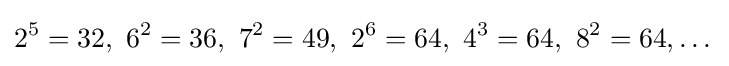
2^{5}=32,\ 6^{2}=36,\ 7^{2}=49,\ 2^{6}=64,\ 4^{3}=64,\ 8^{2}=64,\dots